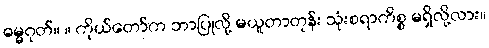
ဓမ္မဂုတ်။ ။ ကိုယ်တော်က ဘာပြုလို့ မယူတာတုန်း သုံးစရာကိစ္စ မရှိလို့လား။